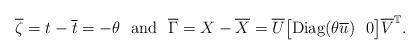
LaTeX: \begin{align*} \overline{\zeta}=t-\overline{t}=-\theta\ \ {\rm and}\ \ \overline{\Gamma}=X-\overline{X}=\overline{U}\big[{\rm Diag}(\theta\overline{u})\ \ 0\big]\overline{V}^{\mathbb{T}}. \end{align*}